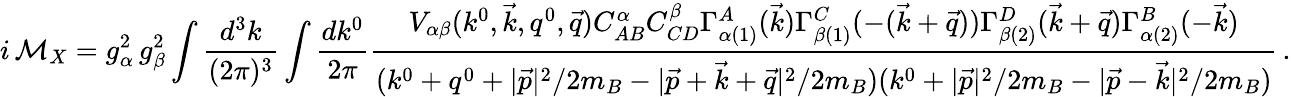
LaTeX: i\, {\cal M}_{X}=g_{\alpha}^{2}\, g_{\beta}^{2}\int{\frac{d^{3}k}{(2\pi)^{3}}}\int{\frac{dk^{0}}{2\pi}}{\frac{V_{\alpha\beta}(k^{0},\vec{k},q^{0},\vec{q})C_{AB}^{\alpha}C_{CD}^{\beta}\Gamma_{\alpha(1)}^{A}(\vec{k})\Gamma_{\beta(1)}^{C}(-(\vec{k}+\vec{q}))\Gamma_{\beta(2)}^{D}(\vec{k}+\vec{q})\Gamma_{\alpha(2)}^{B}(-\vec{k})}{(k^{0}+q^{0}+{|\vec{p}|^{2}/2m_{B}}-{|\vec{p}+\vec{k}+\vec{q}|^{2}/2m_{B}})(k^{0}+{|\vec{p}|^{2}/2m_{B}}-{|\vec{p}-\vec{k}|^{2}/2m_{B}})}}\, .